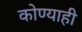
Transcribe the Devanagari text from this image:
कोण्याही